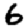
Digit: 6